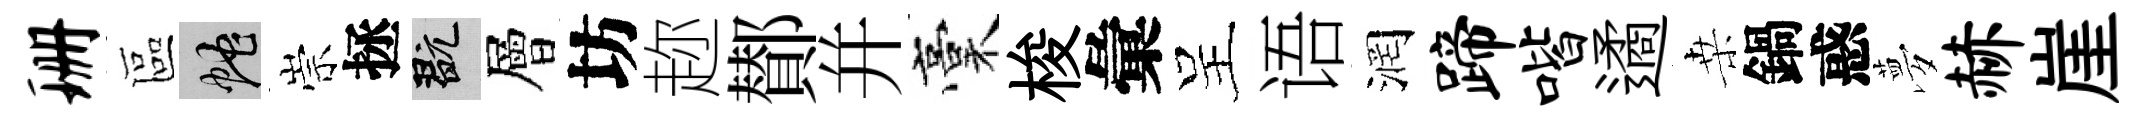
珊區蛇崇拯玩層坊趂鄼幷稾梭彙呈语润蹄喈遹桒鍋惑夢赫崖